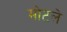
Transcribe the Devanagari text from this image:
मोटले